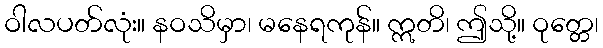
ဝါလပတ်လုံး။ နဝသိမှာ၊ မနေရကုန်။ ဣတိ၊ ဤသို့။ ဝုတ္တေ၊